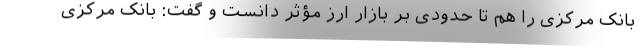
بانک مرکزی را هم تا حدودی بر بازار ارز مؤثر دانست و گفت: بانک مرکزی